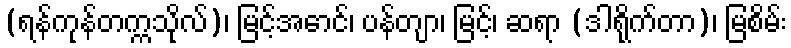
(ရန်ကုန်တက္ကသိုလ်)၊ မြင့်အောင်၊ ပန်တျာ၊ မြင့်၊ ဆရာ (ဒါရိုက်တာ)၊ မြစိမ်း